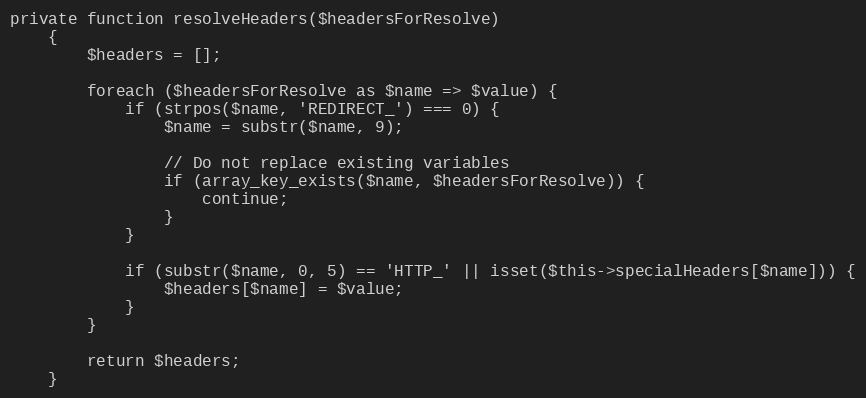
Language: PHP
private function resolveHeaders($headersForResolve)
    {
        $headers = [];

        foreach ($headersForResolve as $name => $value) {
            if (strpos($name, 'REDIRECT_') === 0) {
                $name = substr($name, 9);

                // Do not replace existing variables
                if (array_key_exists($name, $headersForResolve)) {
                    continue;
                }
            }

            if (substr($name, 0, 5) == 'HTTP_' || isset($this->specialHeaders[$name])) {
                $headers[$name] = $value;
            }
        }

        return $headers;
    }